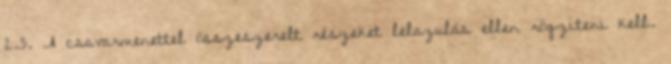
2.3. A csavarmenettel összeszerelt részeket lelazulás ellen rögzíteni kell.